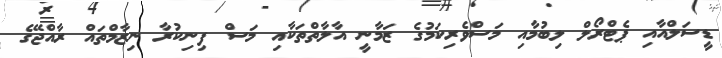
ޑީސަލްއާއި ޕެޓްރޯލް ލިބުމާއި މަސްވެރިކަމުގެ ޒަމާނީ އާލާތްތަކާއި މަސް ފިނިކުރާ ނިޒާމްތައް ރާއްޖޭގެ